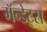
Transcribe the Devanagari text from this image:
मॅन्डेट्स